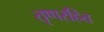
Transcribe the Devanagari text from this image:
तृणरहित